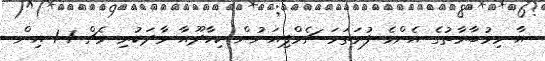
އާ މިމުބާރާތުގެ އެންމެ ފުރަތަމަ ޗެމްޕިއަނުން ކިހާދޫއާ ވާދަކުރި މެޗް 1-1 އިން